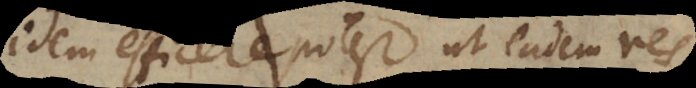
idem efficere potest ut eadem res